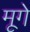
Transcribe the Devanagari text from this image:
मूगे